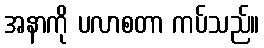
အနာကို ပလာစတာ ကပ်သည်။